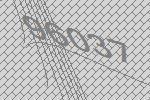
96037